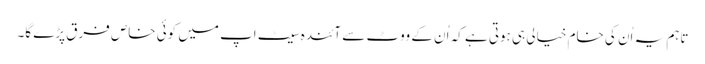
تاہم یہ اُن کی خام خیالی ہی ہوتی ہے کہ اُن کے ووٹ سے آئندہ سیٹ اپ میں کوئی خاص فرق پڑے گا۔